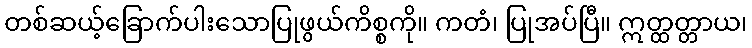
တစ်ဆယ့်ခြောက်ပါးသောပြုဖွယ်ကိစ္စကို။ ကတံ၊ ပြုအပ်ပြီ။ ဣတ္ထတ္တာယ၊